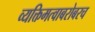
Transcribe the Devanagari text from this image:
व्यक्तिमत्वाबरोबरच